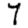
Digit: 7